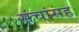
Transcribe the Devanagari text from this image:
संचांसह